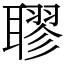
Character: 𦗖